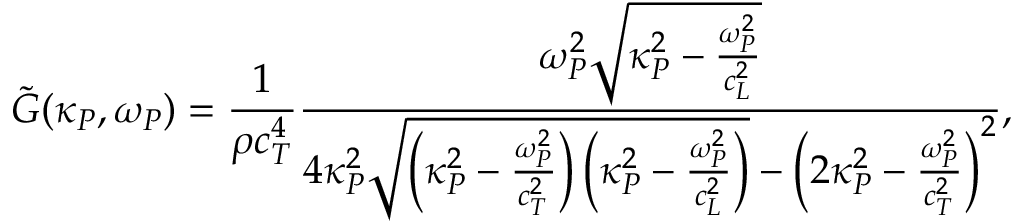
\tilde { G } ( \kappa _ { P } , \omega _ { P } ) = \frac { 1 } { \rho c _ { T } ^ { 4 } } \frac { \omega _ { P } ^ { 2 } \sqrt { \kappa _ { P } ^ { 2 } - \frac { \omega _ { P } ^ { 2 } } { c _ { L } ^ { 2 } } } } { 4 \kappa _ { P } ^ { 2 } \sqrt { \left( \kappa _ { P } ^ { 2 } - \frac { \omega _ { P } ^ { 2 } } { c _ { T } ^ { 2 } } \right) \left( \kappa _ { P } ^ { 2 } - \frac { \omega _ { P } ^ { 2 } } { c _ { L } ^ { 2 } } \right) } - \left( 2 \kappa _ { P } ^ { 2 } - \frac { \omega _ { P } ^ { 2 } } { c _ { T } ^ { 2 } } \right) ^ { 2 } } ,